Document type: Sale
Year: 1461
Scribe: [Unknown]
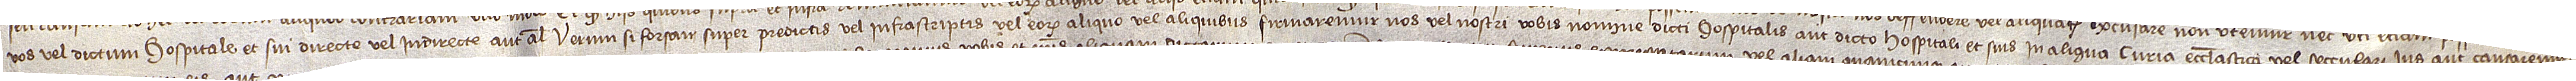
vos vel dictum hospitale et sui directe vel indirecte aut aliter. Verum si forsan super predictis vel infrascriptis vel eorum aliquo vel aliquibus firmaremus nos vel nostri vobis nomine dicti hospitalis aut dicto hospitali et suis in aliqua curia ecclesiastic vel secculari ius aut causaremur